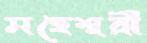
মহেশ্বরী